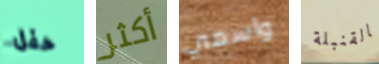
حفل أكثر واسمي بالقنبلة